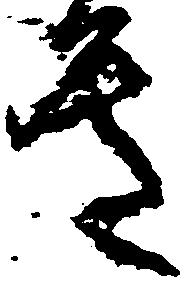
き